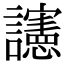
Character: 䜢